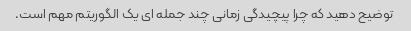
توضیح دهید که چرا پیچیدگی زمانی چند جمله ای یک الگوریتم مهم است.